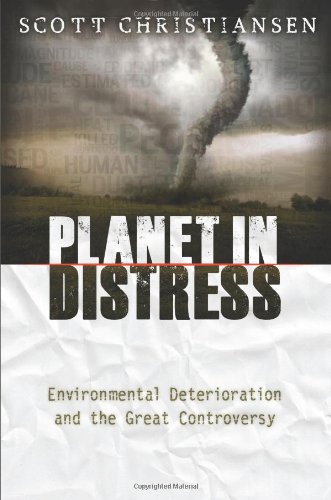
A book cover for Planet in Distress: Environmental Deterioration and the Great Controversy; Scott Christiansen; Science & Math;